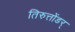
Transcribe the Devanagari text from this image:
तिरुत्तोंडर्